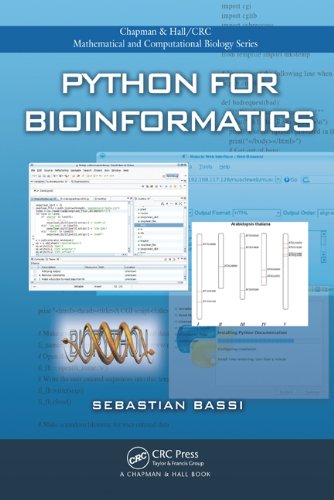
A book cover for Python for Bioinformatics (Chapman & Hall/CRC Mathematical and Computational Biology); Sebastian Bassi; Computers & Technology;